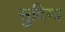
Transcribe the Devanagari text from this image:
सुविग्य